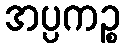
အပ္ပကဉ္စ